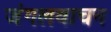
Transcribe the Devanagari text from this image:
जंगलवाचन